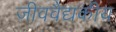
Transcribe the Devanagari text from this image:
जीववैद्यकीय